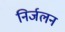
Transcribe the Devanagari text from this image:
निर्जलन